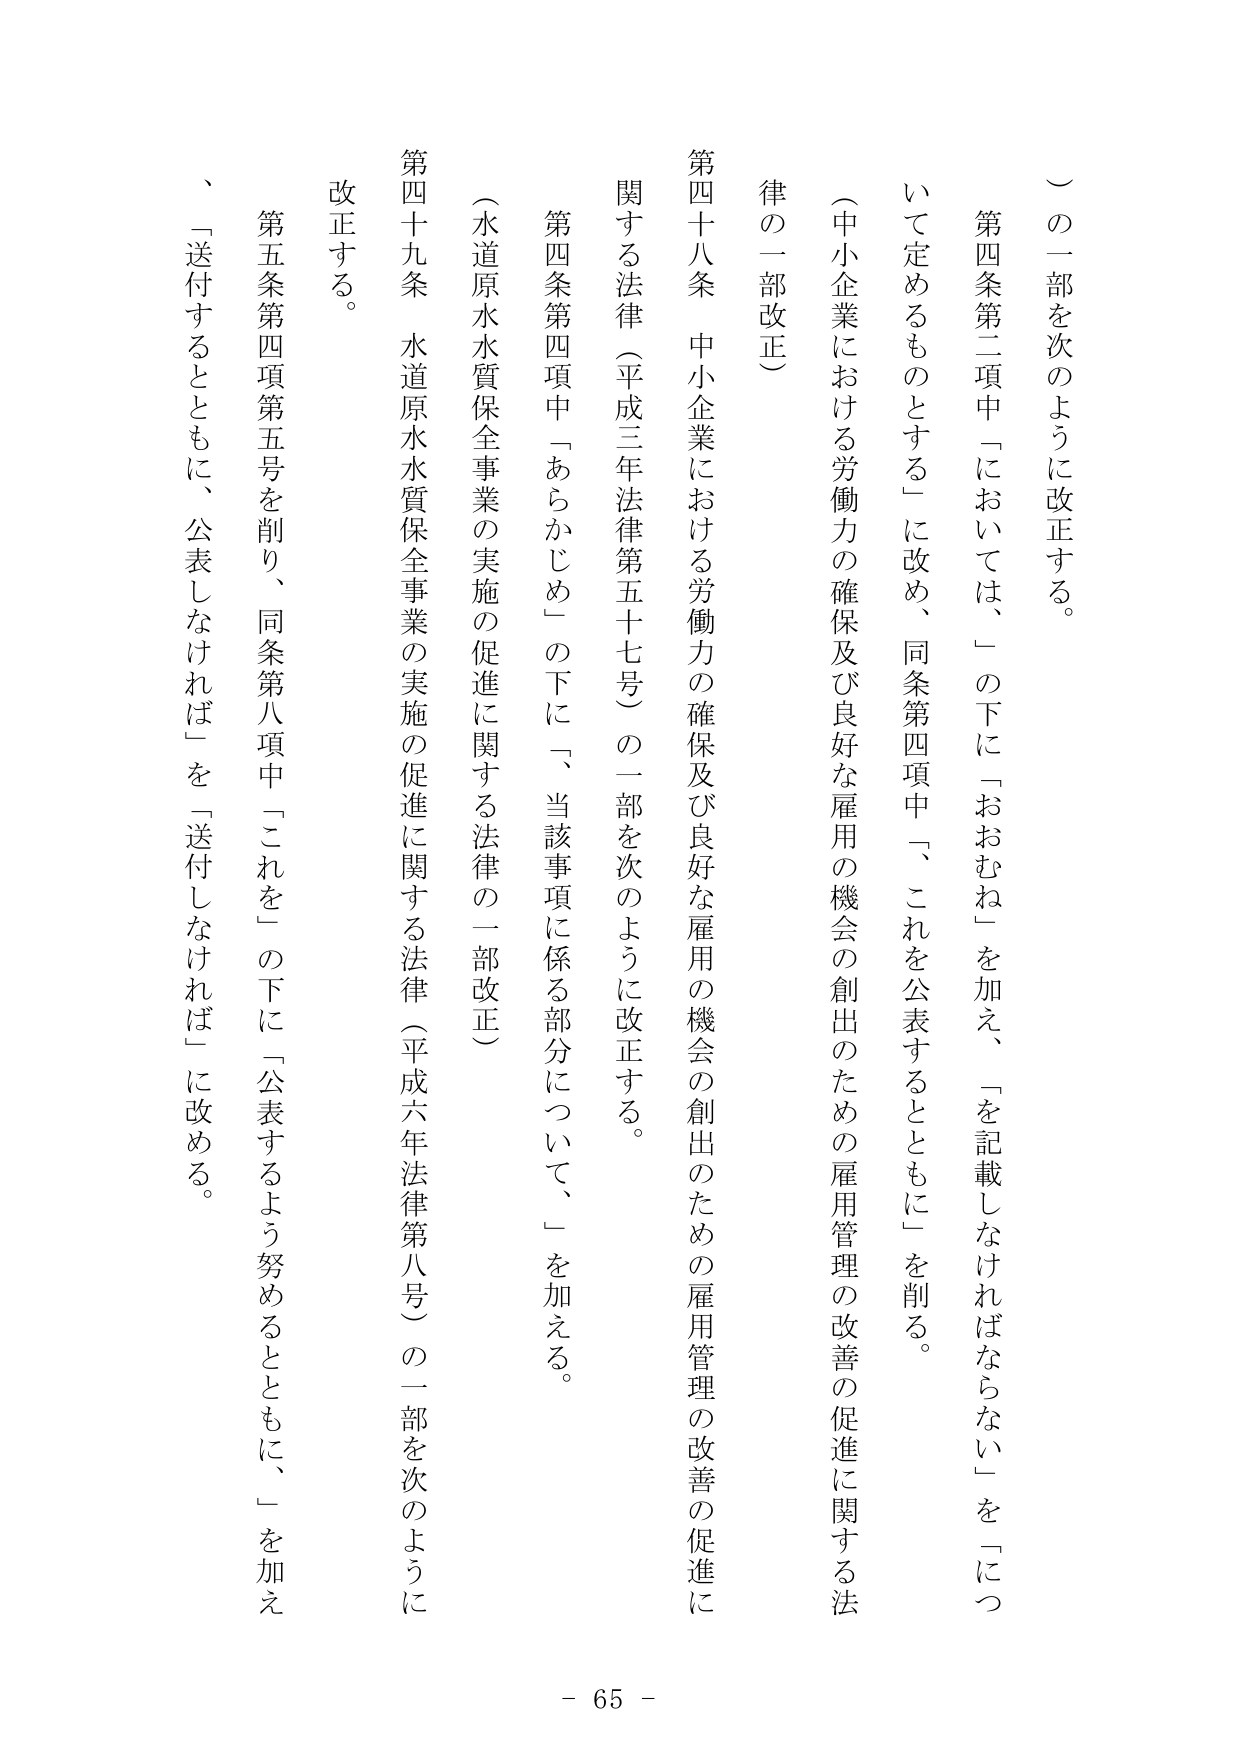
（一部を次のように改正する。

第四条第二項中「においては、」の下に「おおむね」を加え、「を記載しなければならない」を「について定めるものとする」に改め、同条第四項中「、これを公表するとともに」を削る。

（中小企業における労働力の確保及び良好な雇用の機会の創出のための雇用管理の改善の促進に関する法律の一部改正）

第四十八条　中小企業における労働力の確保及び良好な雇用の機会の創出のための雇用管理の改善の促進に関する法律（平成三年法律第五十七号）の一部を次のように改正する。

第四条第四項中「あらかじめ」の下に「、当該事項に係る部分について、」を加える。

（水道原水水質保全事業の実施の促進に関する法律の一部改正）

第四十九条　水道原水水質保全事業の実施の促進に関する法律（平成六年法律第八号）の一部を次のように改正する。

第五条第四項第五号を削り、同条第八項中「これを」の下に「公表するよう努めるとともに、」を加え、「送付するとともに、公表しなければ」を「送付しなければ」に改める。

- 65 -